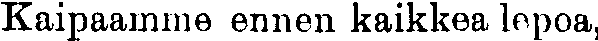
Kaipaamme ennen kaikkea lepoa,